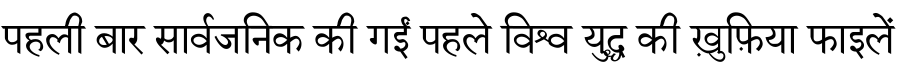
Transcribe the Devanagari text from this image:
पहली बार सार्वजनिक की गईं पहले विश्व युद्ध की ख़ुफ़िया फाइलें